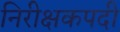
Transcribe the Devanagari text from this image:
निरीक्षकपदी